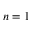
n = 1